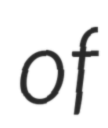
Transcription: of